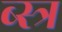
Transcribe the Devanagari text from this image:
ब्स्त्र